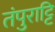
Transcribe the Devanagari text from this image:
तंपुराट्टि